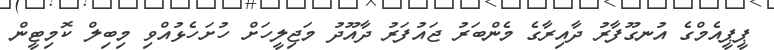
ޕީޕީއެމްގެ އުނގޫފާރު ދާއިރާގެ މެންބަރު ޖައުފަރު ދާއޫދު މަޖިލީހަށް ހުށަހެޅުއްވި މިބިލް ކޮމިޓީން